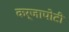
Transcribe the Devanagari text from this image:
कर्जापोटी